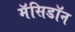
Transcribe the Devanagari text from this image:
मॅसिडॉन